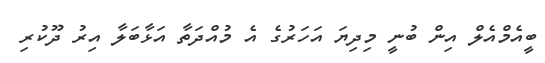
ބީއެމްއެލް އިން ބުނީ މިދިޔަ އަހަރުގެ އެ މުއްދަތާ އަޅާބަލާ އިރު ދޫކުރި